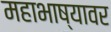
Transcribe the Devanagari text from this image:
महाभाष्यावर